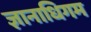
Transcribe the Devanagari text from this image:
ज्ञानाधिगम